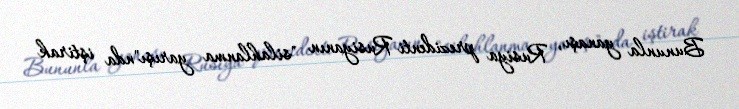
Bununla yanaşı, Rusiya prezidenti Rusiyanın "silahlanma yarışı"nda iştirak